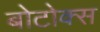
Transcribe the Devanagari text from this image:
बोटोक्स